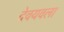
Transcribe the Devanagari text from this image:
देवयवला